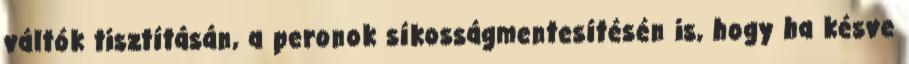
váltók tisztításán, a peronok síkosságmentesítésén is, hogy ha késve